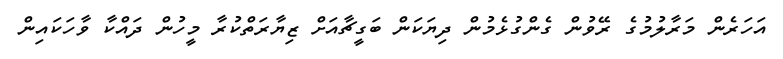
އަހަރެން މަރާލުމުގެ ރޭވުން ގެންގުޅެމުން ދިޔަކަން ބަގީޗާއަށް ޒިޔާރަތްކުރާ މީހުން ދައްކާ ވާހަކައިން